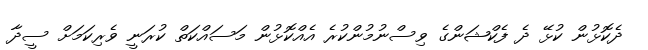
ދެކޮޅުން ކުޅޭ ދެ ފެކްޝަންގެ ވިސްނުމުންކުރެ އެއްކޮޅުން މަސައްކަތް ކުރަނީ ވެރިކަމަށް ސީދާ